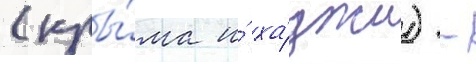
(кры́ма и́ ха́джи) -